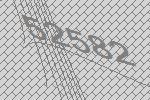
52582